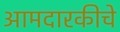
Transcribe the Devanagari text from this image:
आमदारकीचे